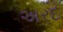
અરદ